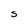
Character: S